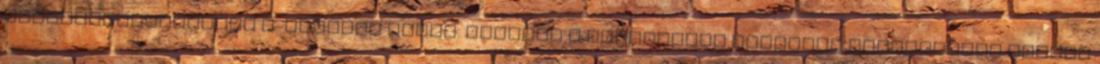
ügyfélszolgálatunk e-mailben jelzi. Vásárló a megrendelt terméket személyesen veheti